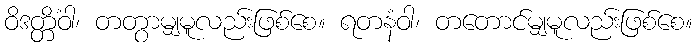
ဝိဒတ္တိံဝါ၊ တတွာမျှမူလည်းဖြစ်စေ။ ရတနံဝါ၊ တတောင်မျှမူလည်းဖြစ်စေ။